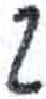
אות: ג